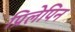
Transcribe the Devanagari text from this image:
प्रिलेपिन